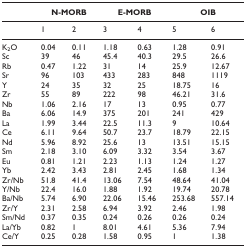
<table><thead><tr><td></td><td colspan="2"><b>N-MORB</b></td><td colspan="2"><b>E-MORB</b></td><td colspan="2"><b>OIB</b></td></tr></thead><tbody><tr><td></td><td>1</td><td>2</td><td>3</td><td>4</td><td>5</td><td>6</td></tr><tr><td>K<sub>2</sub>O</td><td>0.04</td><td>0.11</td><td>1.18</td><td>0.63</td><td>1.28</td><td>0.91</td></tr><tr><td>Sc</td><td>39</td><td>46</td><td>45.4</td><td>40.3</td><td>29.5</td><td>26.6</td></tr><tr><td>Rb</td><td>0.47</td><td>1.22</td><td>31</td><td>14</td><td>25.9</td><td>12.67</td></tr><tr><td>Sr</td><td>96</td><td>103</td><td>433</td><td>283</td><td>848</td><td>1119</td></tr><tr><td>Y</td><td>24</td><td>35</td><td>32</td><td>25</td><td>18.75</td><td>16</td></tr><tr><td>Zr</td><td>55</td><td>89</td><td>222</td><td>98</td><td>46.21</td><td>31.6</td></tr><tr><td>Nb</td><td>1.06</td><td>2.16</td><td>17</td><td>13</td><td>0.95</td><td>0.77</td></tr><tr><td>Ba</td><td>6.06</td><td>14.9</td><td>375</td><td>201</td><td>241</td><td>429</td></tr><tr><td>La</td><td>1.99</td><td>3.44</td><td>22.5</td><td>11.3</td><td>9</td><td>10.64</td></tr><tr><td>Ce</td><td>6.11</td><td>9.64</td><td>50.7</td><td>23.7</td><td>18.79</td><td>22.15</td></tr><tr><td>Nd</td><td>5.96</td><td>8.92</td><td>25.6</td><td>13</td><td>13.51</td><td>15.15</td></tr><tr><td>Sm</td><td>2.18</td><td>3.10</td><td>6.09</td><td>3.32</td><td>3.54</td><td>3.67</td></tr><tr><td>Eu</td><td>0.81</td><td>1.21</td><td>2.23</td><td>1.13</td><td>1.24</td><td>1.27</td></tr><tr><td>Yb</td><td>2.42</td><td>3.43</td><td>2.81</td><td>2.45</td><td>1.68</td><td>1.34</td></tr><tr><td>Zr/Nb</td><td>51.8</td><td>41.4</td><td>13.06</td><td>7.54</td><td>48.64</td><td>41.04</td></tr><tr><td>Y/Nb</td><td>22.4</td><td>16.0</td><td>1.88</td><td>1.92</td><td>19.74</td><td>20.78</td></tr><tr><td>Ba/Nb</td><td>5.74</td><td>6.90</td><td>22.06</td><td>15.46</td><td>253.68</td><td>557.14</td></tr><tr><td>Zr/Y</td><td>2.31</td><td>2.58</td><td>6.94</td><td>3.92</td><td>2.46</td><td>1.98</td></tr><tr><td>Sm/Nd</td><td>0.37</td><td>0.35</td><td>0.24</td><td>0.26</td><td>0.26</td><td>0.24</td></tr><tr><td>La/Yb</td><td>0.82</td><td>1</td><td>8.01</td><td>4.61</td><td>5.36</td><td>7.94</td></tr><tr><td>Ce/Y</td><td>0.25</td><td>0.28</td><td>1.58</td><td>0.95</td><td>1</td><td>1.38</td></tr></tbody></table>